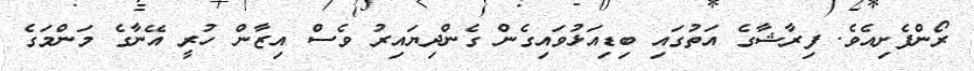
ރޯންފެށިއެވެ. ފިރާޝާގެ އަތުގައި ބިޑިއަޅުވައިގެން ގެންދިޔައިރު ވެސް އިޒާން ހުރީ އޭނާގެ މަންމަގެ